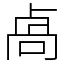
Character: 卨